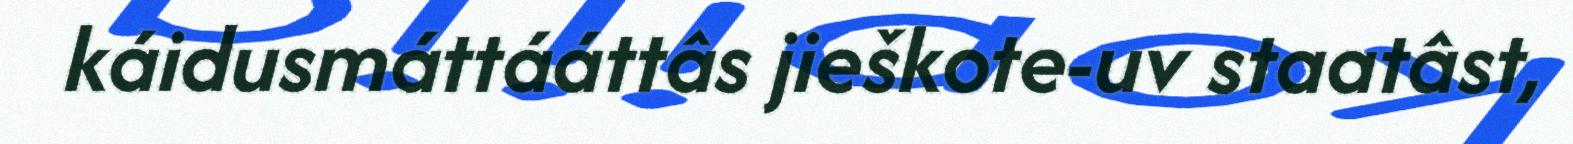
káidusmáttááttâs jieškote-uv staatâst,